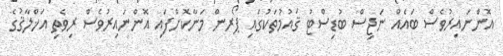
އޮންނައިރުވެސް ބައެއް ނަޖިސް ބުޑިސްޓު ޤައުމުތަކުގައި ޕޯރން މަނާކޮށްފައި އޮންނައިރުވެސް ރިވެތި އަޚްލާޤުގެ